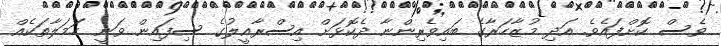
ވެސް ކޮށްފައެވެ. އަދި މުޒާހަރާގެ ބައިވެރިންނާ ދެކޮޅަށް އިސްރާއީލުގެ ސިފައިން ވަނީ ހަމަލާތަކެއް